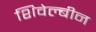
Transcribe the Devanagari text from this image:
शिवेल्बीन